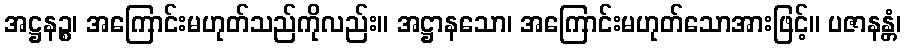
အဋ္ဌနဉ္စ၊ အကြောင်းမဟုတ်သည်ကိုလည်း။ အဋ္ဌာနသော၊ အကြောင်းမဟုတ်သောအားဖြင့်။ ပဇာနန္တံ၊